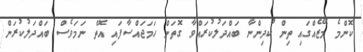
ކޮންމެ މޭޒެއްގައި ތިން ކުދިންނާ ބައްދަލުކުރައްވާ ގޮތަށް ހަމަޖައްސާފައި އޮތް ނަމަވެސް ބައްދަލުކުރަން